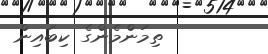
ތިމަންމެންގެ ކިބައިން